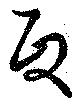
政